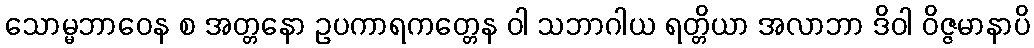
သောမ္မဘာဝေန စ အတ္တနော ဥပကာရကတ္တေန ဝါ သဘာဂါယ ရတ္တိယာ အလာဘာ ဒိဝါ ဝိဇ္ဇမာနာပိ